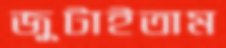
জুটাইতাম